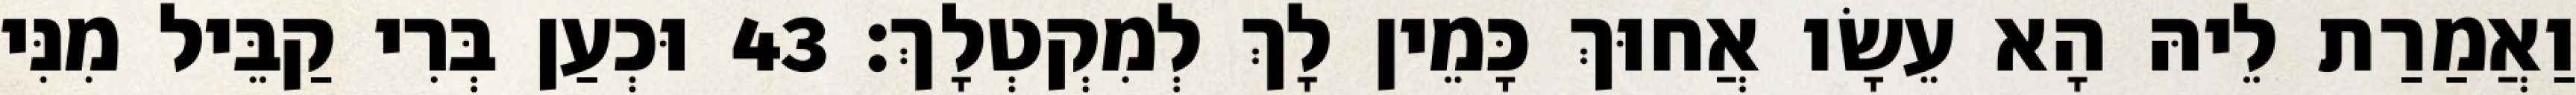
וַאֲמַרַת לֵיהּ הָא עֵשָׂו אֲחוּךְ כָּמֵין לָךְ לְמִקְטְלָךְ׃ 43 וּכְעַן בְּרִי קַבֵּיל מִנִּי